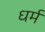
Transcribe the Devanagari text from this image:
ध्‍ार्म